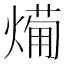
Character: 𭵸